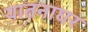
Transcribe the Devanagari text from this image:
यातनाघर